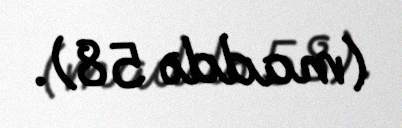
(maddə 58).